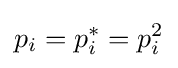
p_{i}=p_{i}^{*}=p_{i}^{2}